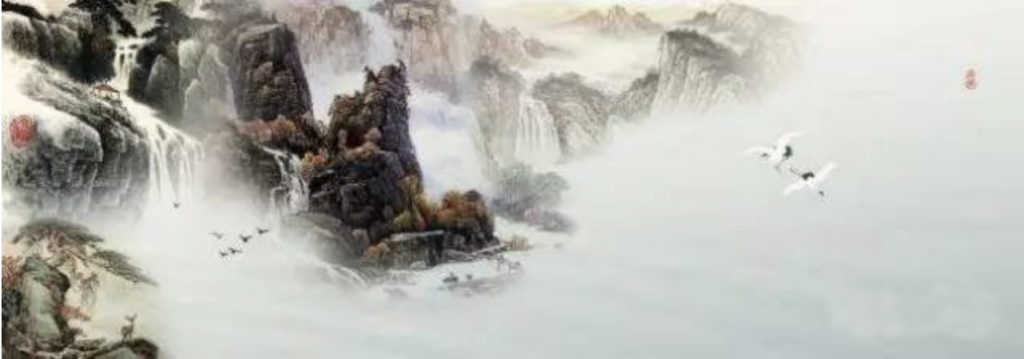
未知生，焉知死？